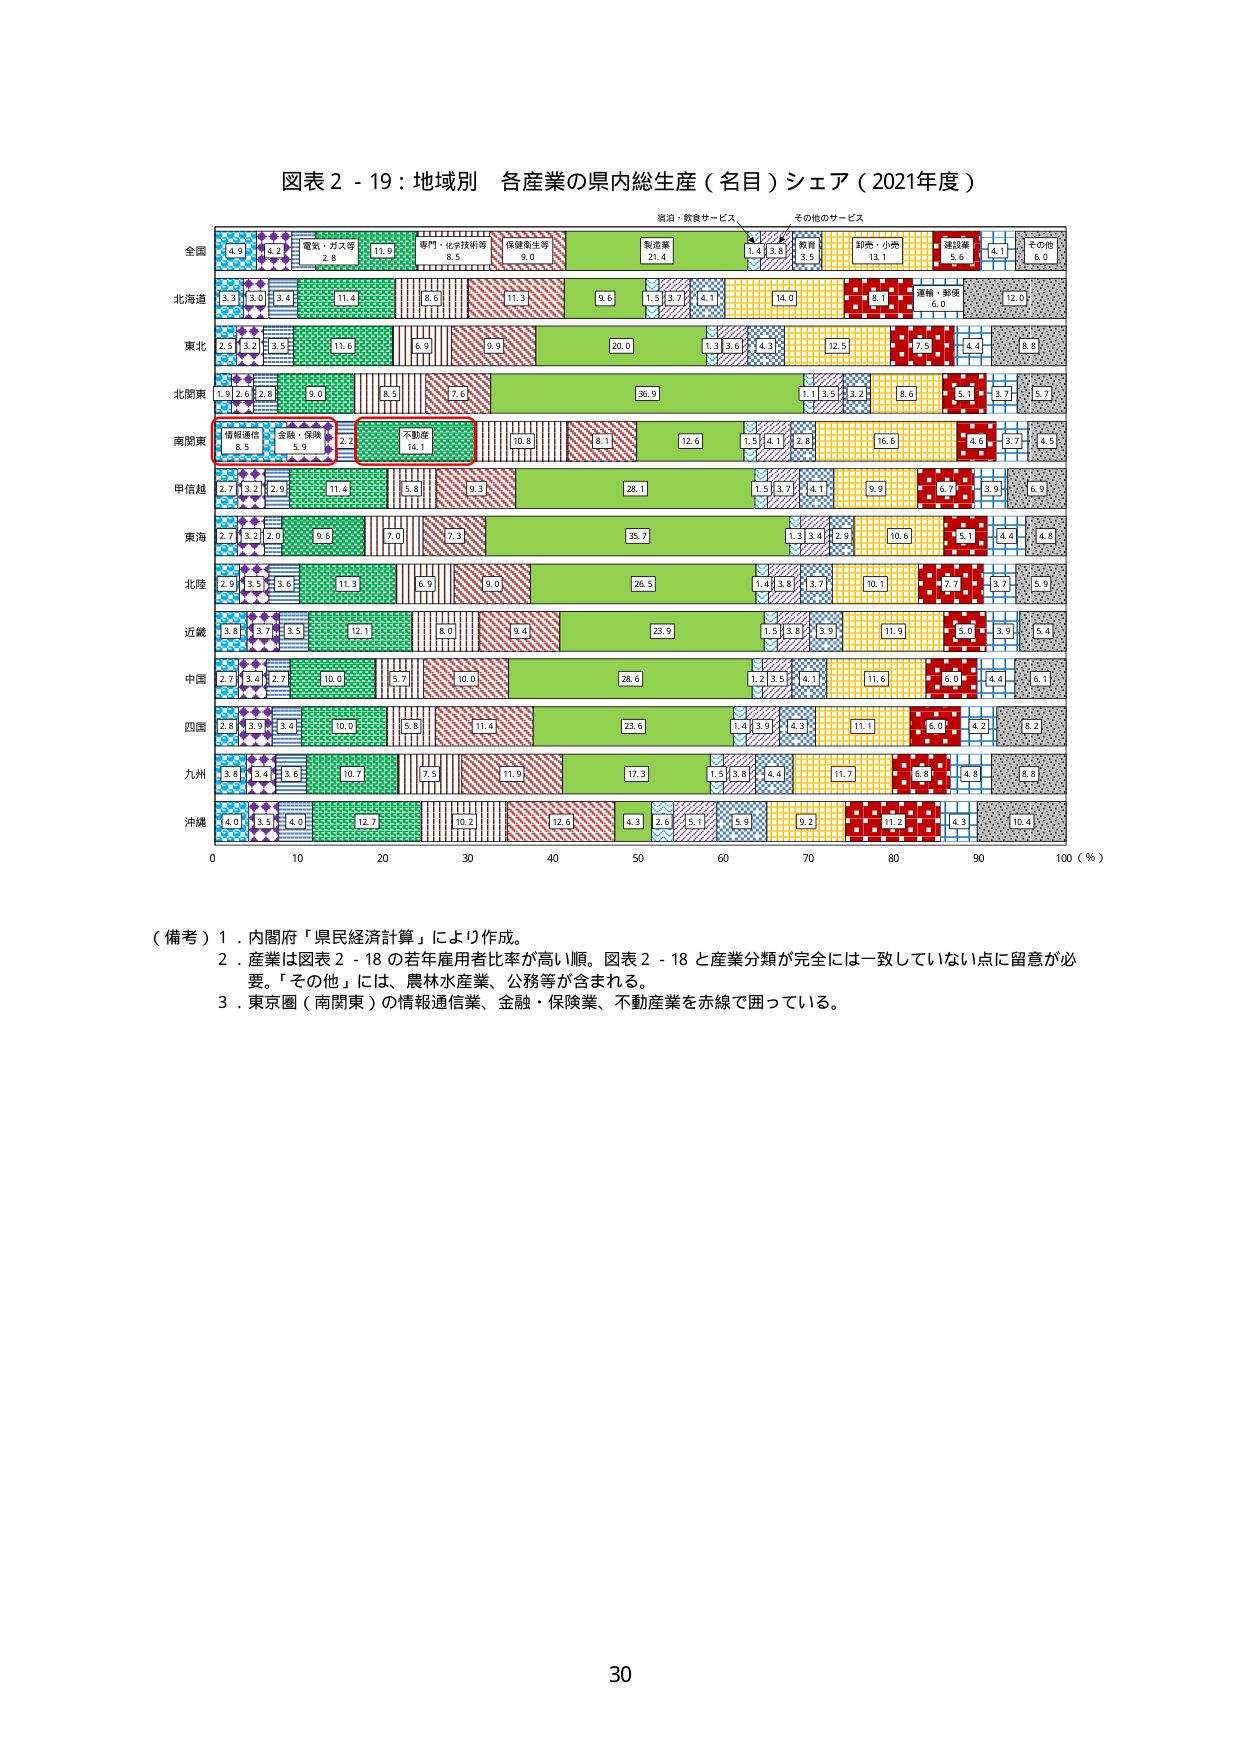
図表２－19：地域別 各産業の県内総生産（名目）シェア（2021年度）

全国
4.9 4.2 電気・ガス等 2.8 11.9 専門・科学技術等 8.5 保健衛生等 9.0 製造業 21.4 宿泊・飲食サービス 1.4 3.5 教育 3.5 その他のサービス 13.1 建設業 5.6 4.1 その他 6.0

北海道
3.3 3.0 3.4 11.4 8.6 11.3 9.6 1.5 3.7 4.1 14.0 8.1 運輸・郵便 6.0 12.0

東北
2.5 3.2 3.5 11.6 6.9 9.9 20.0 1.3 3.6 4.3 12.5 7.5 4.4 8.8

北関東
1.9 2.6 2.8 9.0 8.5 7.6 36.9 1.1 3.5 3.2 8.6 5.1 3.7 5.7

南関東
情報通信 8.5 金融・保険 5.9 2.3 不動産 14.1 10.8 8.1 12.6 1.5 4.1 2.8 16.6 4.6 3.7 4.1

甲信越
2.7 3.2 2.9 11.4 5.8 9.3 28.1 1.5 3.7 4.1 9.9 6.7 3.9 6.9

東海
2.7 3.2 2.0 9.6 7.0 7.3 35.7 1.3 3.4 2.9 10.6 5.1 4.4 4.8

北陸
2.9 3.5 3.6 11.3 6.9 9.0 26.5 1.4 3.8 3.7 10.1 7.7 3.7 5.9

近畿
3.8 3.7 3.5 12.1 8.0 9.4 23.9 1.5 3.8 3.9 11.9 5.0 3.9 5.4

中国
2.7 3.4 2.7 10.0 5.7 10.0 28.6 1.2 3.5 4.1 11.6 6.0 4.4 6.1

四国
2.8 3.9 3.4 10.0 5.8 11.4 23.6 1.4 3.9 4.3 11.1 6.0 4.2 8.2

九州
3.8 3.4 3.6 10.7 7.5 11.9 17.3 1.5 3.8 4.4 11.7 6.8 4.8 8.8

沖縄
4.0 3.5 4.0 12.7 10.2 12.6 4.3 2.6 5.1 5.9 9.2 11.2 4.3 10.4

0 10 20 30 40 50 60 70 80 90 100（％）

（備考）1．内閣府「県民経済計算」により作成。
2．産業は図表2－18の若年雇用者比率が高い順。図表2－18と産業分類が完全には一致していない点に留意が必要。「その他」には、農林水産業、公務等が含まれる。
3．東京圏（南関東）の情報通信業、金融・保険業、不動産業を赤線で囲っている。

30